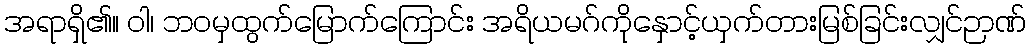
အရာရှိ၏။ ဝါ၊ ဘဝမှထွက်မြောက်ကြောင်း အရိယမဂ်ကိုနှောင့်ယှက်တားမြစ်ခြင်းလျှင်ဉာဏ်